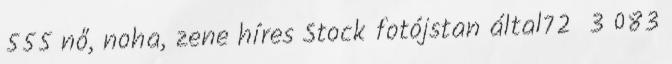
555 nő, noha, zene híres Stock fotójstan által72 3 083